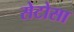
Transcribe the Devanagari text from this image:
सेटोसा